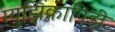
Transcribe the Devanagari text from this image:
म्युझिकापिडी